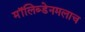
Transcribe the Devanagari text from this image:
मॉलिब्डेनमलाच